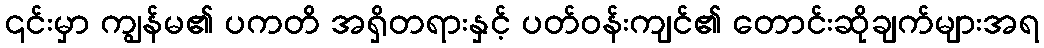
၎င်းမှာ ကျွန်မ၏ ပကတိ အရှိတရားနှင့် ပတ်ဝန်းကျင်၏ တောင်းဆိုချက်များအရ